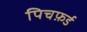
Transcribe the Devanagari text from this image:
पिचफ़र्ड